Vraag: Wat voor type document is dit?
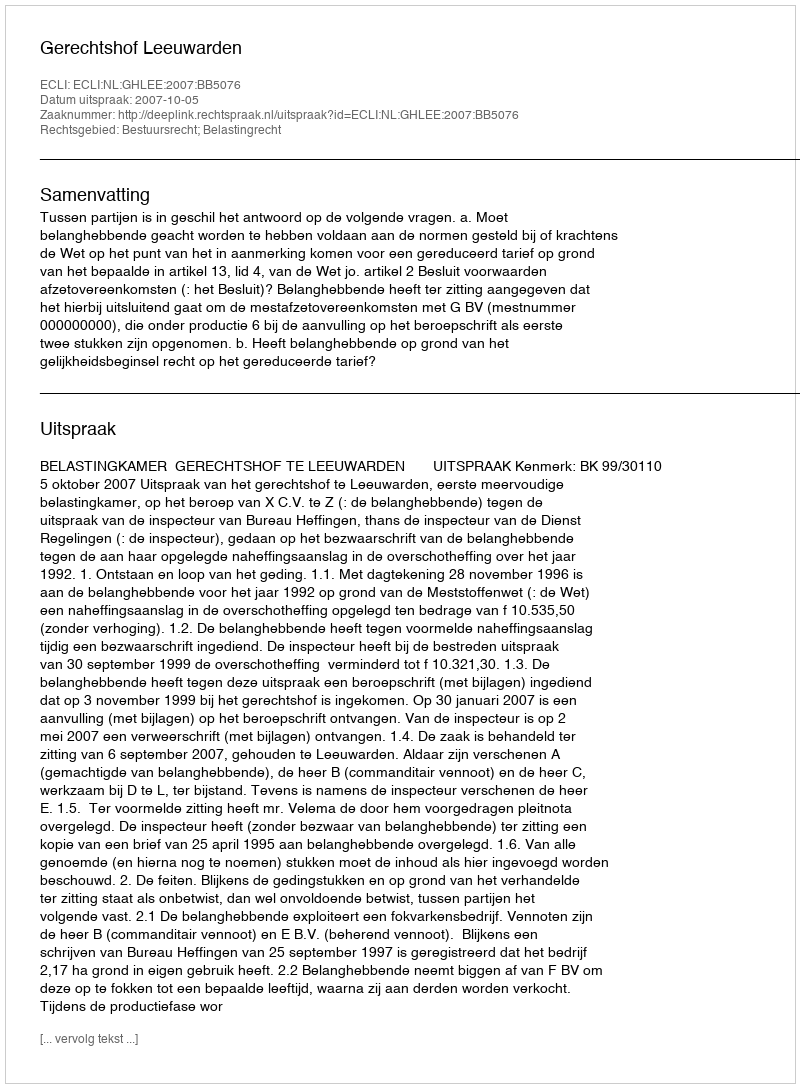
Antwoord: Uitspraak